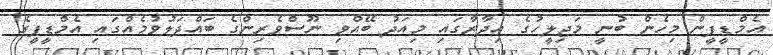
އެމްޑީޕީން މިހެން ބުނީ މަޖިލީހުގެ އިދާރާގައި މިއަދު ބޭއްވި ނޫސްވެރިންގެ ބައްދަލުވުމެއްގައި އެމްޑީޕީގެ